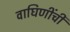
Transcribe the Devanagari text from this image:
वाघिणींची